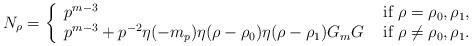
LaTeX: \begin{align*}N_{\rho }=\left\{\begin{array}{lr}p^{m-3} &\textup{ if } \rho=\rho_0,\rho_1,\\p^{m-3}+p^{-2} \eta(-m_p)\eta(\rho-\rho_0)\eta(\rho-\rho_1) G_m G &\textup{ if } \rho \neq \rho_0,\rho_1.\end{array}\right.\end{align*}